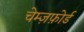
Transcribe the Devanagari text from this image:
चेम्ज़फ़ोर्ड